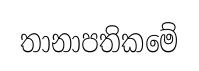
තානාපතිකමේ